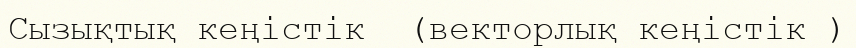
Сызықтық кеңістік  (векторлық кеңістік )